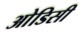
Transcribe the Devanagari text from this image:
आेडिसी